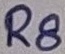
Text: R8